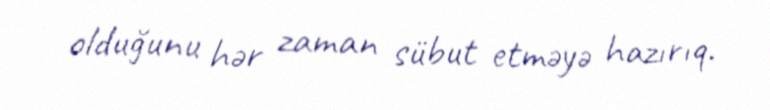
olduğunu hər zaman sübut etməyə hazırıq.